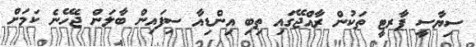
ސިޔާސީ ޕާރޓީ ތަކުން ރާއްޖޭގައި ތިބި އިންޑިއާ ސިފައިން ބާލަން ޖެހޭނެ ކަމަށް